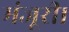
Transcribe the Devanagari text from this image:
मंजूरी।